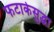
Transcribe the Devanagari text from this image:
फटाकेसुद्धा